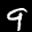
Label: 9